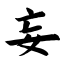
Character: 妄